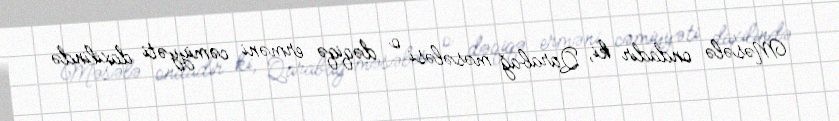
Məsələ ondadır ki, Qarabağ məsələsi o dəqiqə erməni cəmiyyəti daxilində